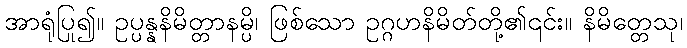
အာရုံပြု၍။ ဥပ္ပန္နနိမိတ္တာနမ္ပိ၊ ဖြစ်သော ဥဂ္ဂဟနိမိတ်တို့၏၎င်း။ နိမိတ္တေသု၊